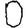
Digit: 0